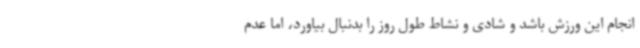
انجام این ورزش باشد و شادی و نشاط طول روز را بدنبال بیاورد، اما عدم